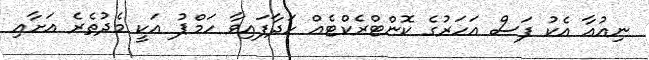
ނިއުއާ އެކު ފަސް އަހަރުގެ ކޮންޓްރެކްޓެއް ހަދާފައިވާ ހަމްޕު އަކީ މެދުތެރެ އަށާއި